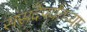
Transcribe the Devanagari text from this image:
संसदेपर्यंतच्या